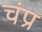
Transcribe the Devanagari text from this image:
चंप्र